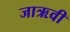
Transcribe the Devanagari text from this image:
जाऋवी